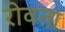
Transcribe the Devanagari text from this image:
रोवता